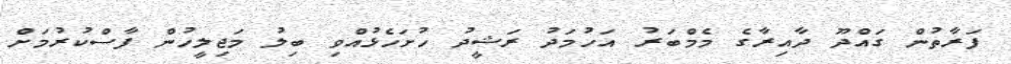
ފަރާތުން ގައްދޫ ދާއިރާގެ މެމްބަރު އަހުމަދު ރަޝީދު ހުށަހެޅުއްވި ބިލު މަޖިލީހުން ފާސްކުރުމަށް